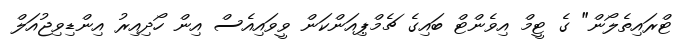
ޓްރައިތެލޯން" ގެ ޓީމް އިވެންޓް ބައިގެ ޗެމްޕިއަންކަން ވީވައިއެސް އިން ހޯދިއިރު އިންޑިވިޖުއަލް